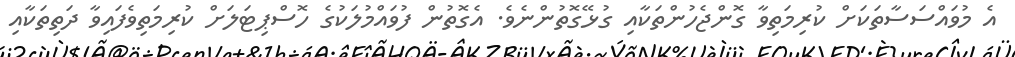
އެ މުވައްސަސާތަކަށް ކުރިމަތިވާ ގޮންޖެހުންތަކާއި ގުޅޭގޮތުންނެވެ. އެގޮތުން ފުވައްމުލަކުގެ ހޮސްޕިޓަލަށް ކުރިމަތިވެފައިވާ ދަތިތަކާއި